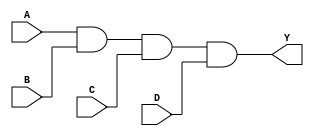
module and_gate(
    input A,
    input B,
    input C,
    input D,
    output Y
);

assign Y = A & B & C & D;

endmodule